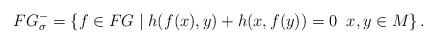
LaTeX: \begin{align*}FG_\sigma^-=\left\{f\in FG\;|\;h(f(x),y)+h(x,f(y))=0\;\;x,y\in M\right\}.\end{align*}